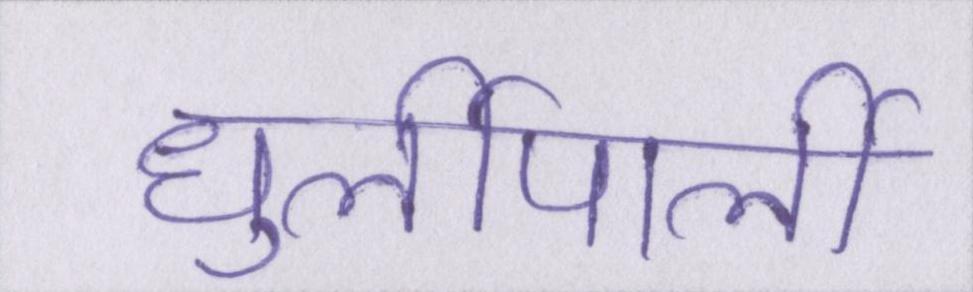
धुर्लीपार्ली